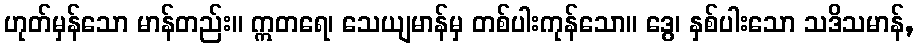
ဟုတ်မှန်သော မာန်တည်း။ ဣတရေ၊ သေယျမာန်မှ တစ်ပါးကုန်သော။ ဒွေ၊ နှစ်ပါးသော သဒိသမာန်,